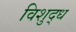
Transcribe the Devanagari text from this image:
विशुद्‍ध